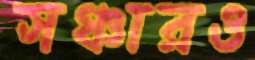
সঞ্চারও